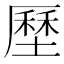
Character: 𡐰